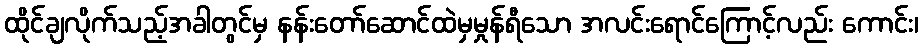
ထိုင်ချလိုက်သည့်အခါတွင်မှ နန်းတော်ဆောင်ထဲမှမှုန်ရီသော အလင်းရောင်ကြောင့်လည်း ကောင်း၊